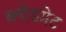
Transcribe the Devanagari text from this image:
ब्लोडगेट